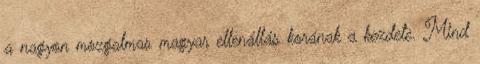
a nagyon mozgalmas magyar ellenállás korának a kezdete. Mind